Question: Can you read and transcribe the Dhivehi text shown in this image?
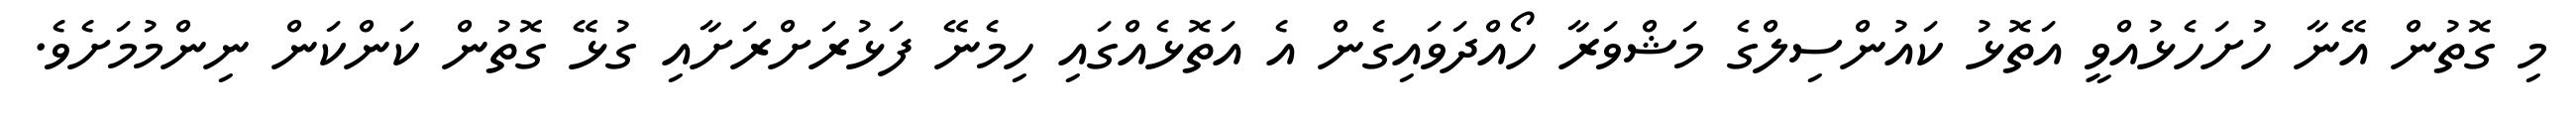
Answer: މި ގޮތުން އޭނާ ހުށަހެޅުއްވީ އަތޮޅު ކައުންސިލްގެ މަޝްވަރާ ހޯއްދަވައިގެން އެ އަތޮޅެއްގައި ހިމެނޭ ފަޅުރަށްރަށާއި ގުޅޭ ގޮތުން ކަންކަން ނިންމުމަށެވެ.